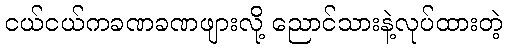
ငယ်ငယ်ကခဏခဏဖျားလို့ ညောင်သားနဲ့လုပ်ထားတဲ့